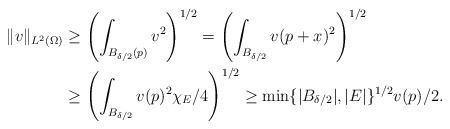
LaTeX: \begin{align*}\|v\|_{L^2(\Omega)} &\geq \left(\int_{B_{\delta/2}(p)}v^2\right)^{1/2} = \left(\int_{B_{\delta/2}}v(p+x)^2\right)^{1/2}\\&\geq \left(\int_{B_{\delta/2}}v(p)^2\chi_E/4\right)^{1/2} \geq \min\{|B_{\delta/2}|,|E|\}^{1/2}v(p)/2.\end{align*}